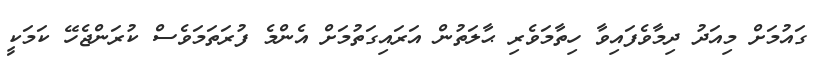
ގައުމަށް މިއަދު ދިމާވެފައިވާ ހިތާމަވެރި ޙާލަތުން އަރައިގަތުމަށް އެންމެ ފުރަތަމަވެސް ކުރަންޖެހޭ ކަމަކީ